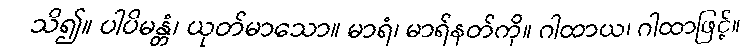
သိ၍။ ပါပိမန္တံ၊ ယုတ်မာသော။ မာရံ၊ မာရ်နတ်ကို။ ဂါထာယ၊ ဂါထာဖြင့်။